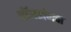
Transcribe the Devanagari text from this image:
सॅमसंगचा